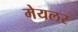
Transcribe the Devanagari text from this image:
मेयलर